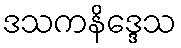
ဒသကနိဒ္ဒေသ